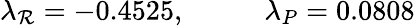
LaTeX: \lambda_{\mathcal{R}}=-0.4525,~~~~~~~~~~~\lambda_{P}=0.0808